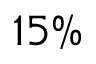
1 5 \%